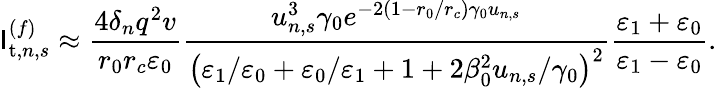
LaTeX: \mathsf{I}_{\mathrm{{t}},n,s}^{(f)}\approx\frac{{4\delta_{n}q^{2}v}}{{r_{0}r_{c}\varepsilon_{0}}}\frac{{u_{n,s}^{3}\gamma_{0}e^{-2\left(1-r_{0}/r_{c}\right)\gamma_{0}u_{n,s}}}}{{\left(\varepsilon_{1}/\varepsilon_{0}+\varepsilon_{0}/\varepsilon_{1}+1+2\beta_{0}^{2}u_{n,s}/\gamma_{0}\right)^{2}}}\frac{{\varepsilon_{1}+\varepsilon_{0}}}{{\varepsilon_{1}-\varepsilon_{0}}}.